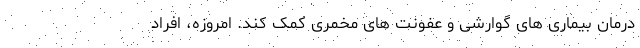
درمان بیماری های گوارشی و عفونت های مخمری کمک کند. امروزه، افراد